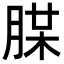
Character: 𦜪